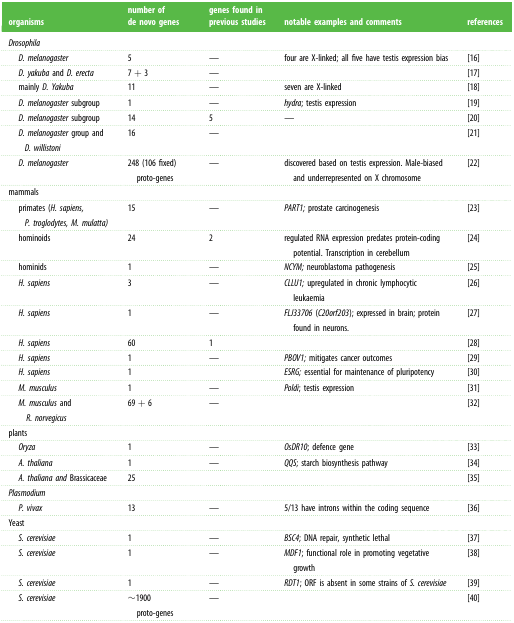
| organisms | number of de novo genes | genes found in previous studies | notable examples and comments | references |
 | --- | --- | --- | --- | --- |
 | <COLSPAN=5> Drosophila |
 | D. melanogaster | 5 | — | four are X-linked; all five have testis expression bias | [16] |
 | D. yakuba and D. erecta | 7 + 3 | — |  | [17] |
 | mainly D. Yakuba | 11 | — | seven are X-linked | [18] |
 | D. melanogaster subgroup | 1 | — | hydra; testis expression | [19] |
 | D. melanogaster subgroup | 14 | 5 | — | [20] |
 | D. melanogaster group and D. willistoni | 16 | — |  | [21] |
 | D. melanogaster | 248 (106 fixed)proto-genes | — | discovered based on testis expression. Male-biased and underrepresented on X chromosome | [22] |
 | <COLSPAN=5> mammals |
 | primates (H. sapiens, P. troglodytes, M. mulatta) | 15 | — | PART1; prostate carcinogenesis | [23] |
 | hominoids | 24 | 2 | regulated RNA expression predates protein-coding potential. Transcription in cerebellum | [24] |
 | hominids | 1 | — | NCYM; neuroblastoma pathogenesis | [25] |
 | H. sapiens | 3 | — | CLLU1; upregulated in chronic lymphocytic leukaemia | [26] |
 | H. sapiens | 1 | — | FLJ33706 (C20orf203); expressed in brain; protein found in neurons. | [27] |
 | H. sapiens | 60 | 1 |  | [28] |
 | H. sapiens | 1 | — | PBOV1; mitigates cancer outcomes | [29] |
 | H. sapiens | 1 |  | ESRG; essential for maintenance of pluripotency | [30] |
 | M. musculus | 1 | — | Poldi; testis expression | [31] |
 | M. musculus and R. norvegicus | 69 + 6 | — |  | [32] |
 | <COLSPAN=5> plants |
 | Oryza | 1 | — | OsDR10; defence gene | [33] |
 | A. thaliana | 1 | — | QQS; starch biosynthesis pathway | [34] |
 | A. thaliana and Brassicaceae | 25 |  |  | [35] |
 | <COLSPAN=5> Plasmodium |
 | P. vivax | 13 | — | 5/13 have introns within the coding sequence | [36] |
 | <COLSPAN=5> Yeast |
 | S. cerevisiae | 1 | — | BSC4; DNA repair, synthetic lethal | [37] |
 | S. cerevisiae | 1 | — | MDF1; functional role in promoting vegetative growth | [38] |
 | S. cerevisiae | 1 | — | RDT1; ORF is absent in some strains of S. cerevisiae | [39] |
 | S. cerevisiae | ∼1900 proto-genes | — |  | [40] |